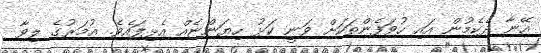
އޭނާ ދެކެމުން އައި ހުވަފެންތަކަށް ވަނީ ކަޅު ހިޔަންޏެއް އެޅިފައެވެ. އުމަރުގެ ލިވާ